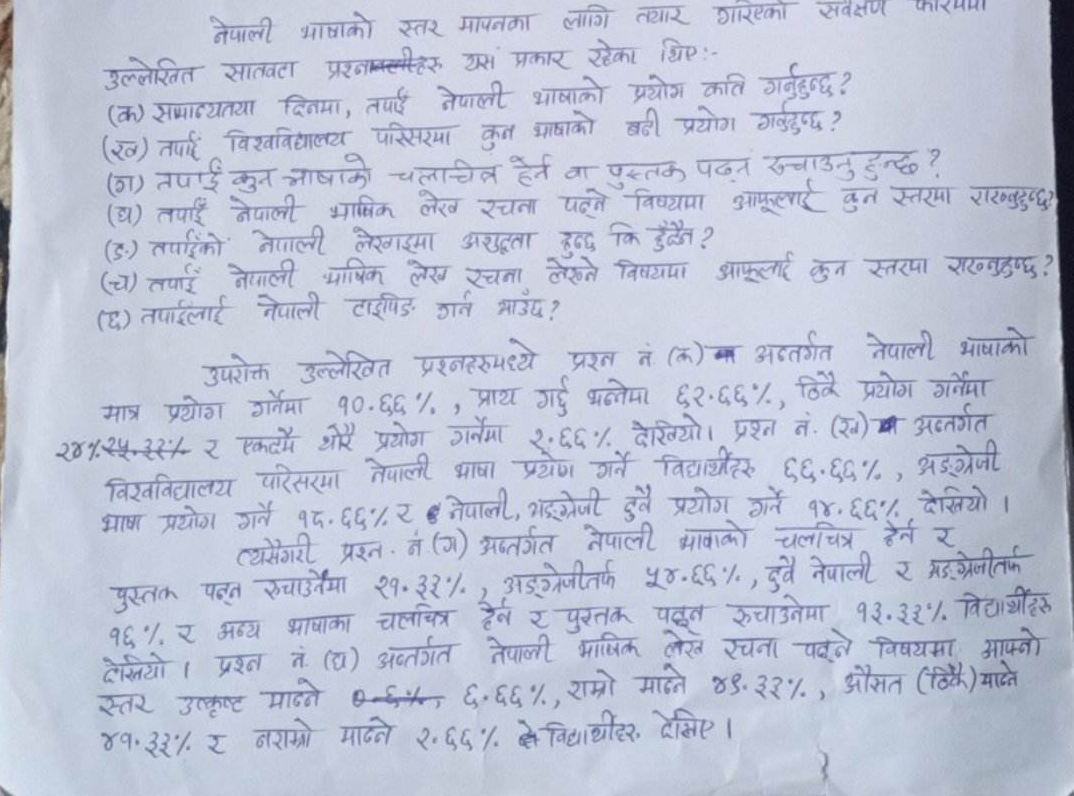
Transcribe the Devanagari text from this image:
नेपाली भाषाको स्तर मापनका लागि तयार पारिएको
उल्लिखित सातवटा प्रश्नहरू यस प्रकार रहेका थिए:-
(क) सामान्यतया दिनमा, तपाई नेपाली भाषाको प्रयोग कति गर्नुहुन्छ ?
(ख) तपाई विश्वविद्यालय परिसरमा कुन भाषाको बढी प्रयोग गर्नुहुन्छ ?
(ग) तपाई कुन भाषाको चलचित्र हेर्न वा पुस्तक पढ्न रुचाउनुहुन्छ ?
(घ) तपाई नेपाली भाषिक लेख रचना पढ्ने विषयमा आफूलाई कुन स्तरमा राख्नुहुन्छ ?
(ङ) तपाईको नेपाली लेखाइमा अशुद्धता हुन्छ कि हुन्न ?
(च) तपाई नेपाली भाषिक लेख रचना लेख्ने विषयमा आफूलाई कुन स्तरमा राख्नुहुन्छ ?
(छ) तपाईलाई नेपाली टाइपिड गर्न आउछ ?

उपरोक्त उल्लिखित प्रश्नहरुमध्ये प्रश्न नं (क) मा अन्तर्गत नेपाली भाषाको
मात्र प्रयोग गर्नेमा १०.६६%,, प्राय गर्छु भन्नेमा ६२.६६%,, थोरै प्रयोग गर्नेमा
२४.२५.३३% र एकदमै थोरै प्रयोग गर्नेमा २.६६% देखियो। प्रश्न नं. (ख) मा अन्तर्गत
विश्वविद्यालय परिसरमा नेपाली भाषा प्रयोग गर्ने विद्यार्थीहरू ६६.६६%,, अङ्ग्रेजी
भाषा प्रयोग गर्ने १८.६६% र नेपाली, अङ्ग्रेजी दुवै प्रयोग गर्ने १४.६६% देखियो।
त्यसैगरी प्रश्न नं (ग) अन्तर्गत नेपाली भाषाको चलचित्र हेर्न र
पुस्तक पढ्न रुचाउनेमा २१.३३%,, अङ्ग्रेजीमा ५०.६६%,, दुवै नेपाली र अङ्ग्रेजीमा
१६% र अन्य भाषाका चलचित्र हेर्न र पुस्तक पढ्न रुचाउनेमा १३.३३% विद्यार्थीहरू
देखियो। प्रश्न नं (घ) अन्तर्गत नेपाली भाषिक लेख रचना पढ्ने विषयमा आफ्नो
स्तर उत्कृष्ट मान्ने ०%, ६.६६%, राम्रो मान्ने ४३.३३%,, औसत (ठिकै) मान्ने
४१.३३% र नराम्रो मान्ने २.६६% ले विद्यार्थीहरु देखिए।